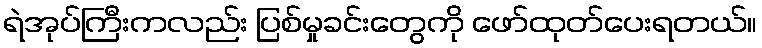
ရဲအုပ်ကြီးကလည်း ပြစ်မှုခင်းတွေကို ဖော်ထုတ်ပေးရတယ်။